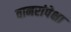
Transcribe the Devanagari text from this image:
वानरांपेक्षा